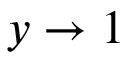
y \to 1